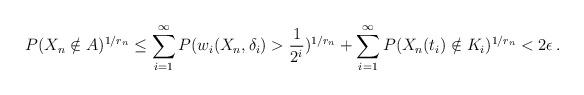
LaTeX: \begin{align*} P(X_n\notin A)^{1/r_n}\le\sum_{i=1}^\infty P(w_{i}(X_n,\delta_i)>\frac{1}{2^i})^{1/r_n}+\sum_{i=1}^\infty P(X_n(t_i)\notin K_i)^{1/r_n}<2\epsilon\,.\end{align*}